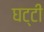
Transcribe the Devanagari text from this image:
घट्टी